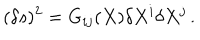
( \delta s ) ^ { 2 } = G _ { i j } ( X ) \delta X ^ { i } \delta X ^ { j } \, .